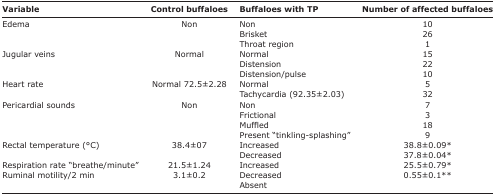
<table><thead><tr><td><b>Variable</b></td><td><b>Control buffaloes</b></td><td><b>Buffaloes with TP</b></td><td><b>Number of affected buffaloes</b></td></tr></thead><tbody><tr><td>Edema</td><td>Non</td><td>Non</td><td>10</td></tr><tr><td></td><td></td><td>Brisket</td><td>26</td></tr><tr><td></td><td></td><td>Throat region</td><td>1</td></tr><tr><td>Jugular veins</td><td>Normal</td><td>Normal</td><td>15</td></tr><tr><td></td><td></td><td>Distension</td><td>22</td></tr><tr><td></td><td></td><td>Distension/pulse</td><td>10</td></tr><tr><td>Heart rate</td><td>Normal 72.5±2.28</td><td>Normal</td><td>5</td></tr><tr><td></td><td></td><td>Tachycardia (92.35±2.03)</td><td>32</td></tr><tr><td>Pericardial sounds</td><td>Non</td><td>Non</td><td>7</td></tr><tr><td></td><td></td><td>Frictional</td><td>3</td></tr><tr><td></td><td></td><td>Muffled</td><td>18</td></tr><tr><td></td><td></td><td>Present “tinkling-splashing”</td><td>9</td></tr><tr><td>Rectal temperature (°C)</td><td>38.4±07</td><td>Increased</td><td>38.8±0.09*</td></tr><tr><td></td><td></td><td>Decreased</td><td>37.8±0.04*</td></tr><tr><td>Respiration rate “breathe/minute”</td><td>21.5±1.24</td><td>Increased</td><td>25.5±0.79*</td></tr><tr><td>Ruminal motility/2 min</td><td>3.1±0.2</td><td>Decreased</td><td>0.55±0.1**</td></tr><tr><td></td><td></td><td>Absent</td><td></td></tr></tbody></table>